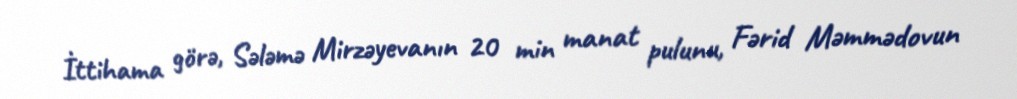
İttihama görə, Sələmə Mirzəyevanın 20 min manat pulunu, Fərid Məmmədovun